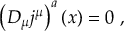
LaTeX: \left( D _ { \mu } j ^ { \mu } \right) ^ { a } ( x ) = 0 \ ,